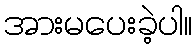
အားမပေးခဲ့ပါ။